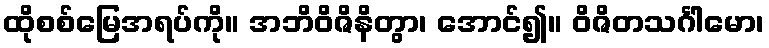
ထိုစစ်မြေအရပ်ကို။ အဘိဝိဇိနိတွာ၊ အောင်၍။ ဝိဇိတသင်္ဂါမော၊